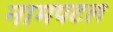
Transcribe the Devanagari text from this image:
नामपटल